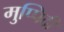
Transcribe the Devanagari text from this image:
मुप्पिदी